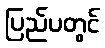
ပြည်ပတွင်